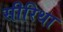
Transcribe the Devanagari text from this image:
सीरिथा